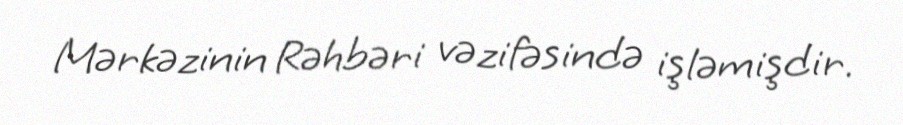
Mərkəzinin Rəhbəri vəzifəsində işləmişdir.